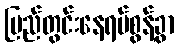
ပြည်တွင်းနေရပ်စွန့်ခွာ